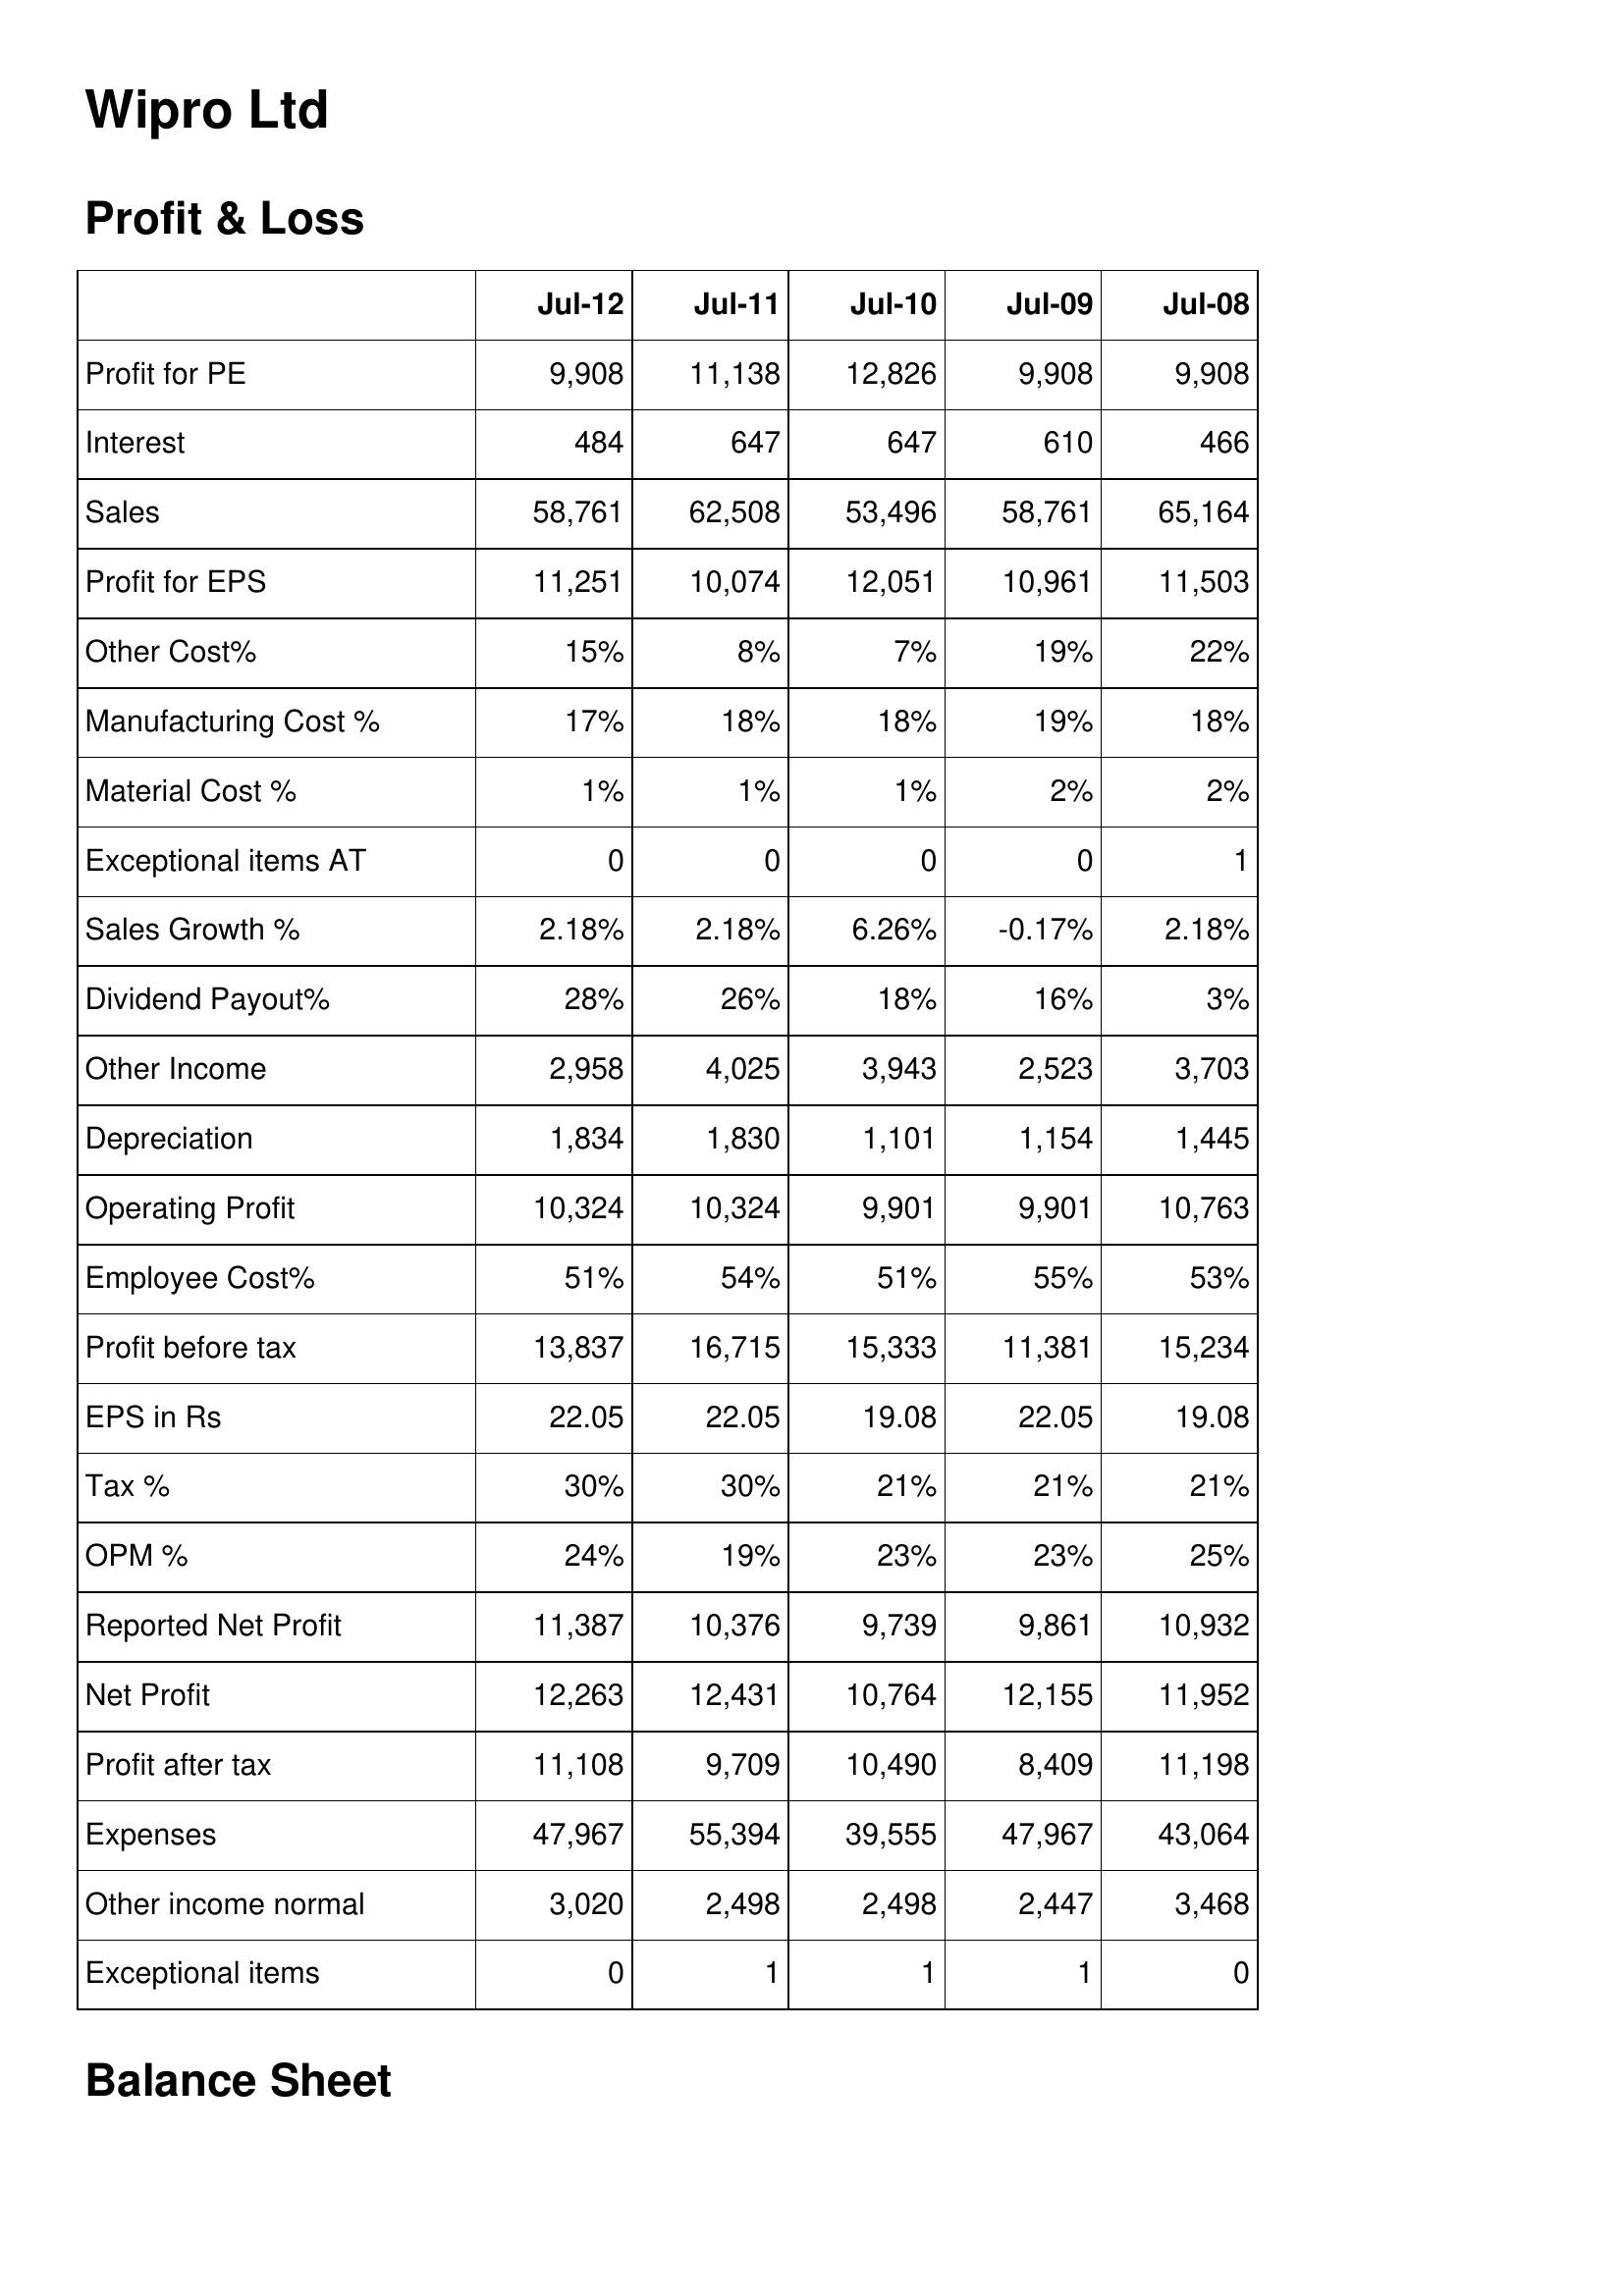
Jul-12: Profit & Loss: Profit for PE: 9,908
Interest: 484
Sales: 58,761
Profit for EPS: 11,251
Other Cost%: 15%
Manufacturing Cost %: 17%
Material Cost %: 1%
Exceptional items AT: 0
Sales Growth %: 2.18%
Dividend Payout%: 28%
Other Income: 2,958
Depreciation: 1,834
Operating Profit: 10,324
Employee Cost%: 51%
Profit before tax: 13,837
EPS in Rs: 22.05
Tax %: 30%
OPM %: 24%
Reported Net Profit: 11,387
Net Profit: 12,263
Profit after tax: 11,108
Expenses: 47,967
Other income normal: 3,020
Exceptional items: 0
Jul-11: Profit & Loss: Profit for PE: 11,138
Interest: 647
Sales: 62,508
Profit for EPS: 10,074
Other Cost%: 8%
Manufacturing Cost %: 18%
Material Cost %: 1%
Exceptional items AT: 0
Sales Growth %: 2.18%
Dividend Payout%: 26%
Other Income: 4,025
Depreciation: 1,830
Operating Profit: 10,324
Employee Cost%: 54%
Profit before tax: 16,715
EPS in Rs: 22.05
Tax %: 30%
OPM %: 19%
Reported Net Profit: 10,376
Net Profit: 12,431
Profit after tax: 9,709
Expenses: 55,394
Other income normal: 2,498
Exceptional items: 1
Jul-10: Profit & Loss: Profit for PE: 12,826
Interest: 647
Sales: 53,496
Profit for EPS: 12,051
Other Cost%: 7%
Manufacturing Cost %: 18%
Material Cost %: 1%
Exceptional items AT: 0
Sales Growth %: 6.26%
Dividend Payout%: 18%
Other Income: 3,943
Depreciation: 1,101
Operating Profit: 9,901
Employee Cost%: 51%
Profit before tax: 15,333
EPS in Rs: 19.08
Tax %: 21%
OPM %: 23%
Reported Net Profit: 9,739
Net Profit: 10,764
Profit after tax: 10,490
Expenses: 39,555
Other income normal: 2,498
Exceptional items: 1
Jul-09: Profit & Loss: Profit for PE: 9,908
Interest: 610
Sales: 58,761
Profit for EPS: 10,961
Other Cost%: 19%
Manufacturing Cost %: 19%
Material Cost %: 2%
Exceptional items AT: 0
Sales Growth %: -0.17%
Dividend Payout%: 16%
Other Income: 2,523
Depreciation: 1,154
Operating Profit: 9,901
Employee Cost%: 55%
Profit before tax: 11,381
EPS in Rs: 22.05
Tax %: 21%
OPM %: 23%
Reported Net Profit: 9,861
Net Profit: 12,155
Profit after tax: 8,409
Expenses: 47,967
Other income normal: 2,447
Exceptional items: 1
Jul-08: Profit & Loss: Profit for PE: 9,908
Interest: 466
Sales: 65,164
Profit for EPS: 11,503
Other Cost%: 22%
Manufacturing Cost %: 18%
Material Cost %: 2%
Exceptional items AT: 1
Sales Growth %: 2.18%
Dividend Payout%: 3%
Other Income: 3,703
Depreciation: 1,445
Operating Profit: 10,763
Employee Cost%: 53%
Profit before tax: 15,234
EPS in Rs: 19.08
Tax %: 21%
OPM %: 25%
Reported Net Profit: 10,932
Net Profit: 11,952
Profit after tax: 11,198
Expenses: 43,064
Other income normal: 3,468
Exceptional items: 0